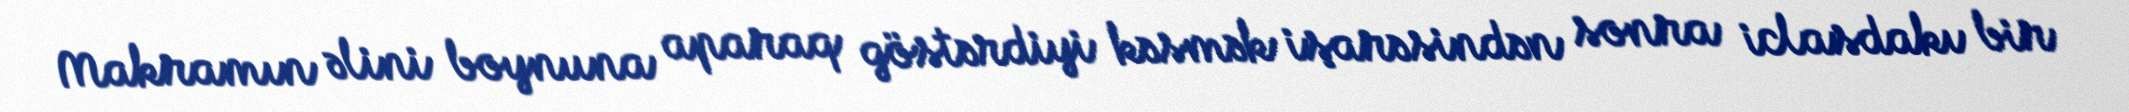
Makramın əlini boynuna aparaq göstərdiyi kəsmək işarəsindən sonra iclasdakı bir